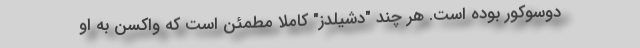
دوسوکور بوده است. هر چند "دشیلدز" کاملاً مطمئن است که واکسن به او